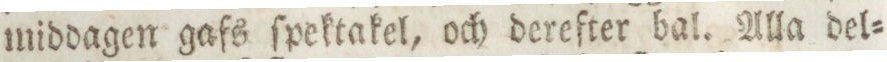
middagen gafs ſpektakel, och derefter bal. Alla del=